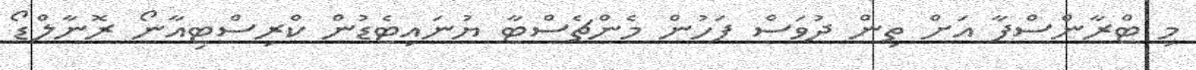
މި ޓްރާންސްފާ އަށް ތިން ދުވަސް ފަހުން މެންޗެސްޓާ ޔުނައިޓެޑުން ކްރިސްޓިއާނޯ ރޮނާލްޑޯ